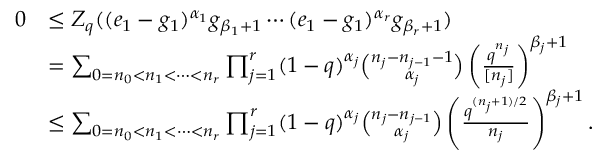
\begin{array} { r l } { 0 } & { \le Z _ { q } ( ( e _ { 1 } - g _ { 1 } ) ^ { \alpha _ { 1 } } g _ { \beta _ { 1 } + 1 } \cdots ( e _ { 1 } - g _ { 1 } ) ^ { \alpha _ { r } } g _ { \beta _ { r } + 1 } ) } \\ & { = \sum _ { 0 = n _ { 0 } < n _ { 1 } < \cdots < n _ { r } } \prod _ { j = 1 } ^ { r } ( 1 - q ) ^ { \alpha _ { j } } \binom { n _ { j } - n _ { j - 1 } - 1 } { \alpha _ { j } } \left( \frac { q ^ { n _ { j } } } { [ n _ { j } ] } \right) ^ { \beta _ { j } + 1 } } \\ & { \le \sum _ { 0 = n _ { 0 } < n _ { 1 } < \cdots < n _ { r } } \prod _ { j = 1 } ^ { r } ( 1 - q ) ^ { \alpha _ { j } } \binom { n _ { j } - n _ { j - 1 } } { \alpha _ { j } } \left( \frac { q ^ { ( n _ { j } + 1 ) / 2 } } { n _ { j } } \right) ^ { \beta _ { j } + 1 } . } \end{array}